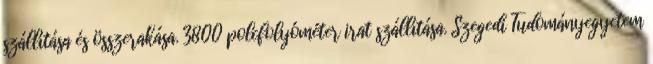
szállítása és összerakása. 3800 polcfolyóméter irat szállítása. Szegedi Tudományegyetem